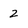
Character: 2